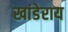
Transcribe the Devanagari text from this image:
खांडेराय